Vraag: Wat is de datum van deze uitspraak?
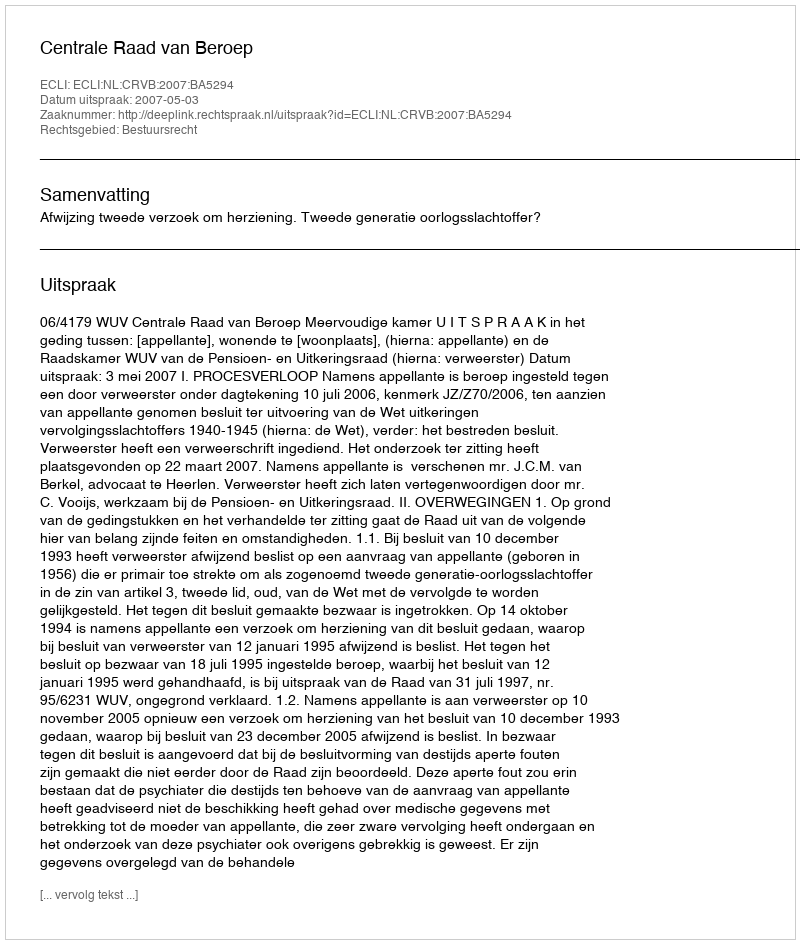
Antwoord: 2007-05-03